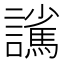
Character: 𮙃